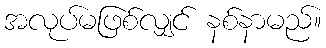
အလုပ်မဖြစ်လျှင် နစ်နာမည်။